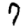
Digit: 7